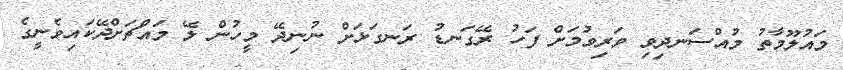
މައުލޫމާތު މުއްސަނދިވި ވަރިވުމަށް ފަހު ރޭގަނޑު ރަނގަޅަށް ނުނިދޭ މީހުން ލޭ މައްޗަށްދޭކައިވެނީގެ